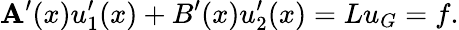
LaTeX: \mathbf{A}^{\prime}(x)u_{1}^{\prime}(x)+B^{\prime}(x)u_{2}^{\prime}(x)=Lu_{G}=f.